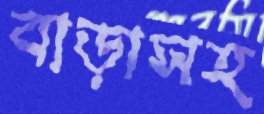
বাড়াসহ